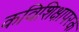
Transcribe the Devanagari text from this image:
कविशिक्षापरक